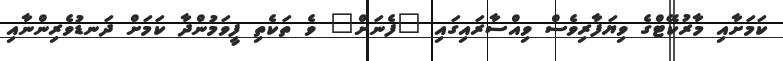
ކަމަށާއި މާރުކޭޓްގެ ވިޔަފާރިވެސް ވިއްސާރައިގައި "ފެނަށް" ވެ ތަކެތި ފީވަމުންދާ ކަމަށް ދަނޑުވެރިންނާއި